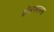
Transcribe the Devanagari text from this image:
क्षेत्रफलस